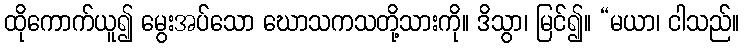
ထိုကောက်ယူ၍ မွေးအပ်သော ဃောသကသတို့သားကို။ ဒိသွာ၊ မြင်၍။ “မယာ၊ ငါသည်။